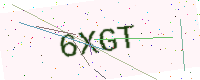
Text: 6XGT